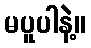
မပူပါနဲ့။